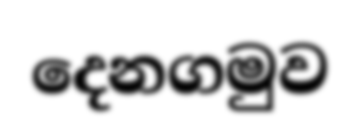
දෙනගමුව